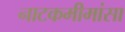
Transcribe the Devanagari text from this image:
नाटकमीमांसा